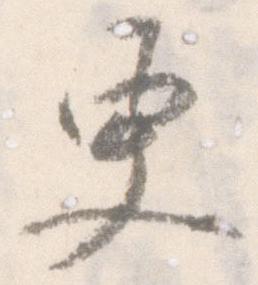
更